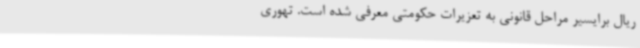
ریال برایسیر مراحل قانونی به تعزیرات حکومتی معرفی شده است. تهوری